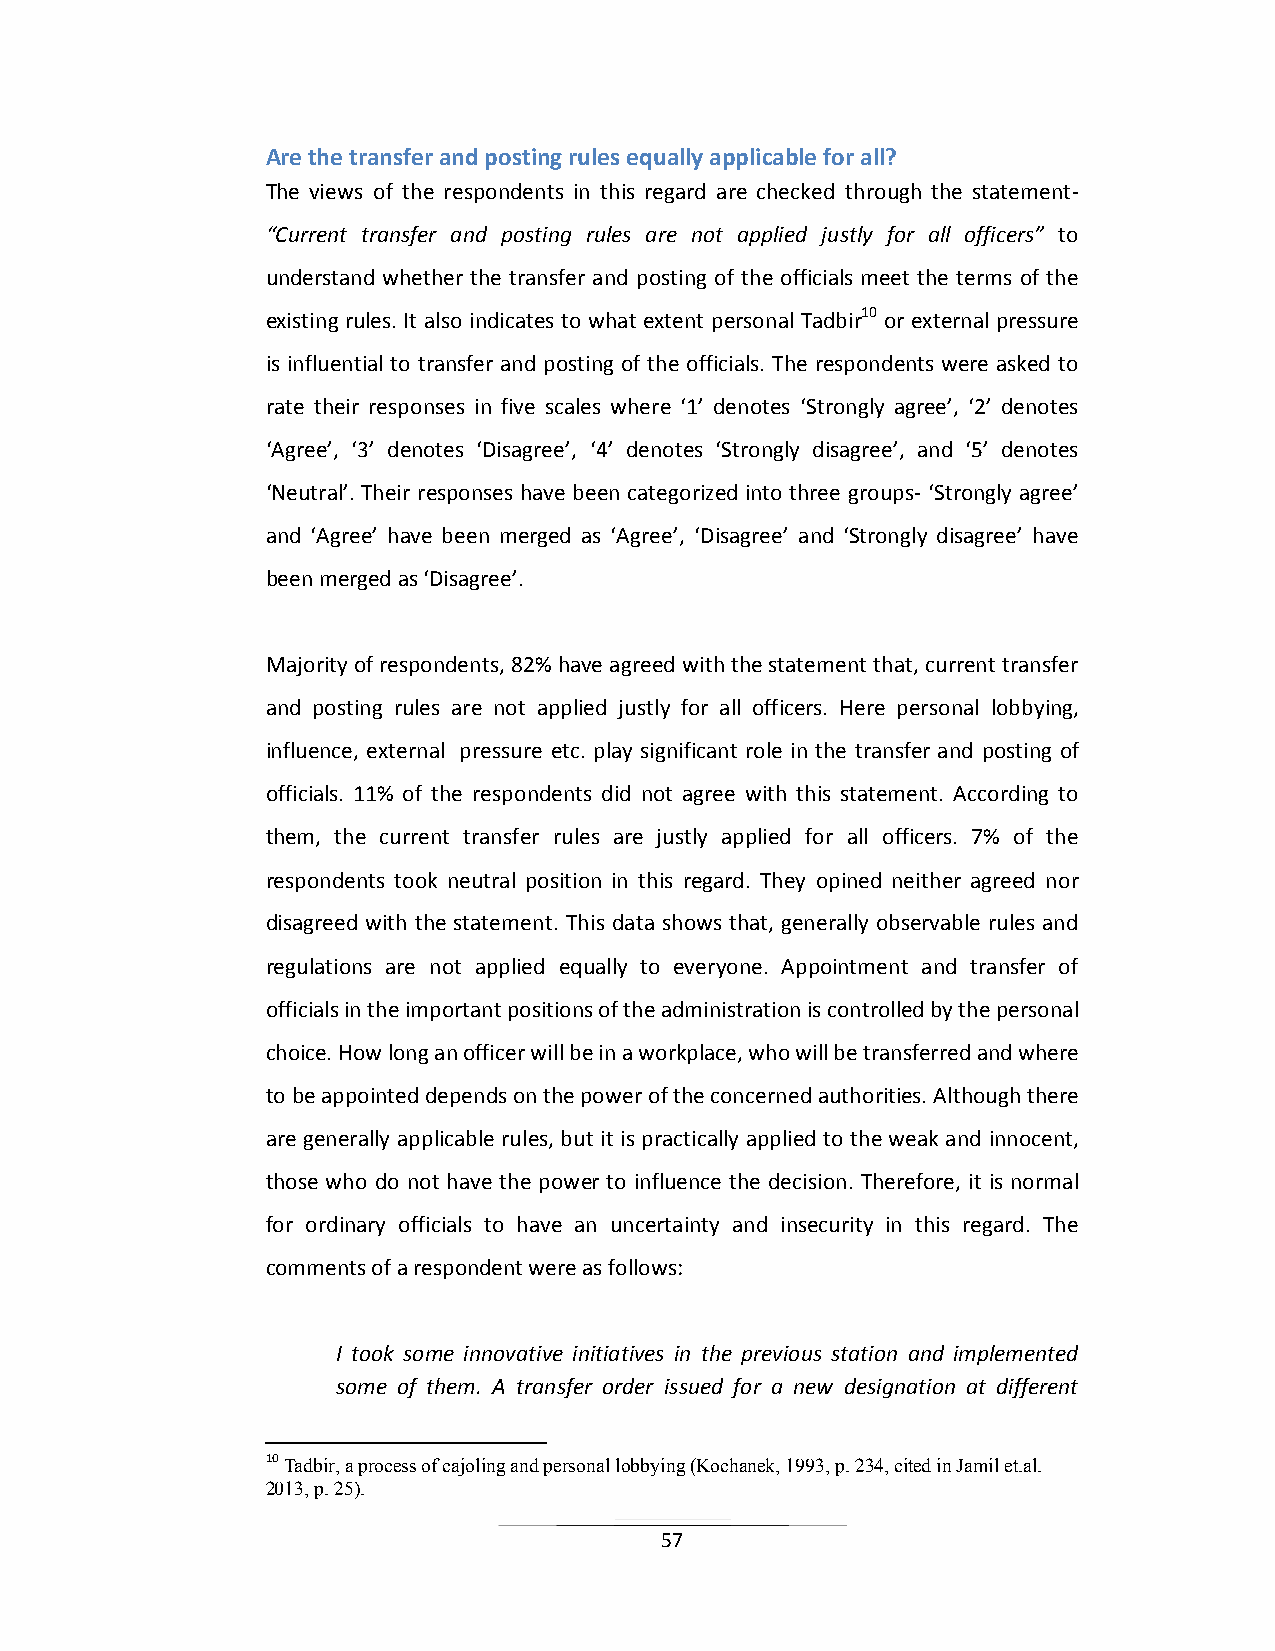
Are the transfer and posting rules equally applicable for all?
 The views of the respondents in this regard are checked through the statement-
 “Current transfer and posting rules are not applied justly for all officers” to
 understand whether the transfer and posting of the officials meet the terms of the
 existing rules. It also indicates to what extent personal Tadbir10 or external pressure
 is influential to transfer and posting of the officials. The respondents were asked to
 rate their responses in five scales where ‘1’ denotes ‘Strongly agree’, ‘2’ denotes
 ‘Agree’, ‘3’ denotes ‘Disagree’, ‘4’ denotes ‘Strongly disagree’, and ‘5’ denotes
 ‘Neutral’. Their responses have been categorized into three groups- ‘Strongly agree’
 and ‘Agree’ have been merged as ‘Agree’, ‘Disagree’ and ‘Strongly disagree’ have
 been merged as ‘Disagree’.
 Majority of respondents, 82% have agreed with the statement that, current transfer
 and posting rules are not applied justly for all officers. Here personal lobbying,
 influence, external pressure etc. play significant role in the transfer and posting of
 officials. 11% of the respondents did not agree with this statement. According to
 them, the current transfer rules are justly applied for all officers. 7% of the
 respondents took neutral position in this regard. They opined neither agreed nor
 disagreed with the statement. This data shows that, generally observable rules and
 regulations are not applied equally to everyone. Appointment and transfer of
 officials in the important positions of the administration is controlled by the personal
 choice. How long an officer will be in a workplace, who will be transferred and where
 to be appointed depends on the power of the concerned authorities. Although there
 are generally applicable rules, but it is practically applied to the weak and innocent,
 those who do not have the power to influence the decision. Therefore, it is normal
 for ordinary officials to have an uncertainty and insecurity in this regard. The
 comments of a respondent were as follows:
 I took some innovative initiatives in the previous station and implemented
 some of them. A transfer order issued for a new designation at different
 10 Tadbir, a process of cajoling and personal lobbying (Kochanek, 1993, p. 234, cited in Jamil et.al.
 2013, p. 25).
 57